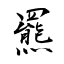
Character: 羆